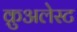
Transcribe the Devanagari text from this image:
क्रुअलेस्ट